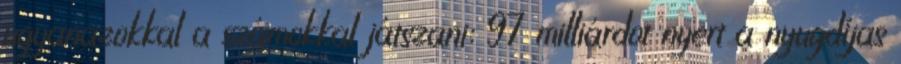
ugyanazokkal a számokkal játszani: 97 milliárdot nyert a nyugdíjas